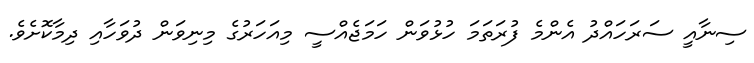
ސިނާއީ ސަރަހައްދު އެންމެ ފުރަތަމަ ހުޅުވަން ހަމަޖެއްސީ މިއަހަރުގެ މިނިވަން ދުވަހާއި ދިމާކޮށެވެ.